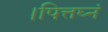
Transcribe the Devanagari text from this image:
।पित्तघ्नं